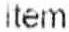
ITEM